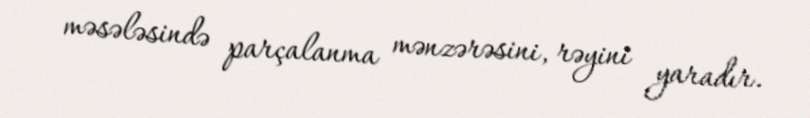
məsələsində parçalanma mənzərəsini, rəyini yaradır.